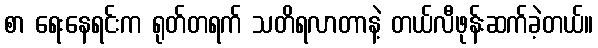
စာ ရေးနေရင်းက ရုတ်တရက် သတိရလာတာနဲ့ တယ်လီဖုန်းဆက်ခဲ့တယ်။